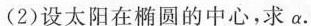
(2)设太阳在椭圆的中心，求α.